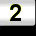
Digit: 2